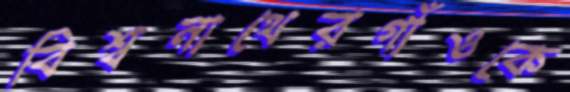
বিশ্বনাথেরগাঁওকে